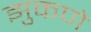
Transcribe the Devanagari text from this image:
झुकणे